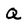
Character: Q